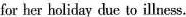
her holiday due to illness.